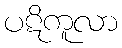
ပဋိကူလာ